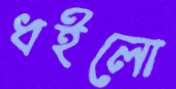
ধইলো